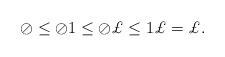
LaTeX: \begin{align*}\oslash \leq \oslash1\leq \oslash \pounds \leq1\pounds =\pounds .\end{align*}